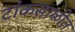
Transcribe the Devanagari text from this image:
टांकसाळीत